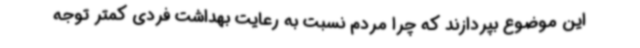
این موضوع بپردازند که چرا مردم نسبت به رعایت بهداشت فردی کمتر توجه